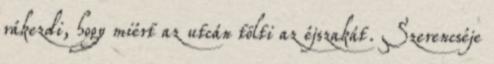
rákezdi, hogy miért az utcán tölti az éjszakát. Szerencséje